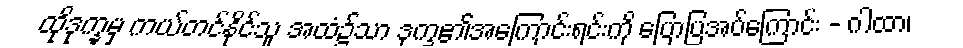
ထိုဒုက္ခမှ ကယ်တင်နိုင်သူ အထံ၌သာ ဒုက္ခ၏အကြောင်းရင်းကို ပြောပြအပ်ကြောင်း - ဂါထာ၊